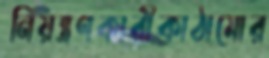
নিয়ন্ত্রণকারীকাঠামোর